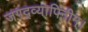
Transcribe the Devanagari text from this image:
जगद्व्यापिनीम्।